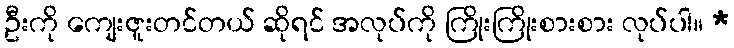
ဦးကို ကျေးဇူးတင်တယ် ဆိုရင် အလုပ်ကို ကြိုးကြိုးစားစား လုပ်ပါ။ *